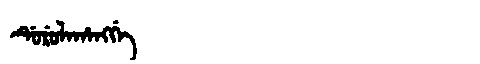
Manchu: ᡩᡠᡵᡠᠯᠠᡥᠠᠩᡤᡝ
Romanization: DURULAHANGGE